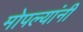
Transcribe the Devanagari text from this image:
मोपल्यांनी